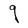
Character: g